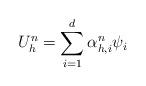
LaTeX: \begin{align*} U^n_h = \sum_{i=1}^{d} \alpha_{h,i}^{n} \psi_i \end{align*}